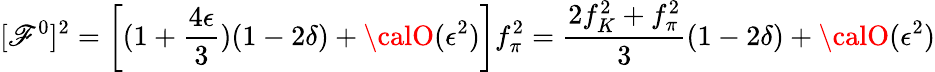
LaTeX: [\mathscr{F}^{0}]^{2}=\left[(1+\frac{{4\epsilon}}{{3}})(1-2\delta)+{\calO}(\epsilon^{2})\right]f_{\pi}^{2}=\frac{{2f_{K}^{2}+f_{\pi}^{2}}}{{3}}(1-2\delta)+{\calO}(\epsilon^{2})